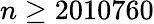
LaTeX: n\geq 2010760